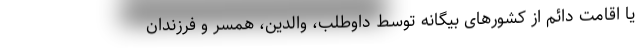
یا اقامت دائم از کشورهای بیگانه توسط داوطلب، والدین، همسر و فرزندان